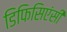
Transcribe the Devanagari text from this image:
डिफिसिएंसी